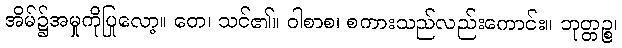
အိမ်၌အမှုကိုပြုလော့။ တေ၊ သင်၏။ ဝါစာစ၊ စကားသည်လည်းကောင်း။ ဘုတ္တဉ္စ၊